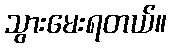
သွားမေးရတယ်။